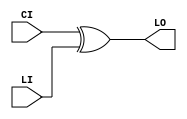
module XORCY_L (LO, CI, LI);

    output LO;

    input  CI, LI;

	xor X1 (LO, CI, LI);


endmodule